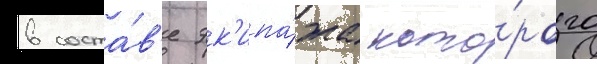
в соста́в'е эк'ипа́жа кото́рого